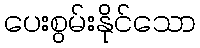
ပေးစွမ်းနိုင်သော